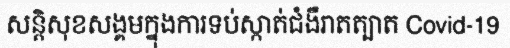
សន្តិសុខសង្គមក្នុងការទប់ស្កាត់ជំងឺរាតត្បាត Covid-19